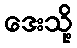
ဒေးသို့